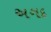
અગદ